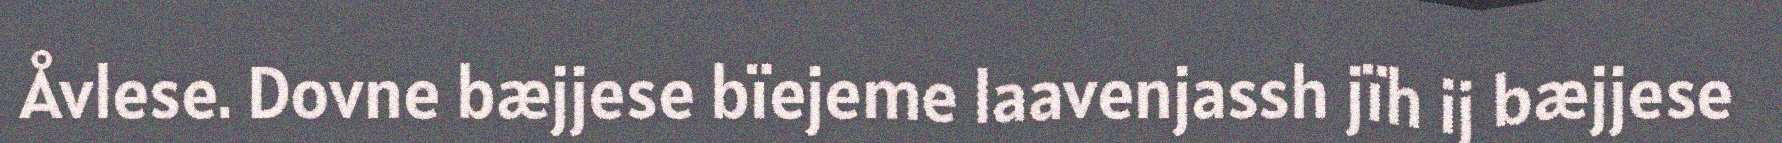
Åvlese. Dovne bæjjese bïejeme laavenjassh jïh ij bæjjese